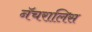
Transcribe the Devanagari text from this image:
नॅचरालिस